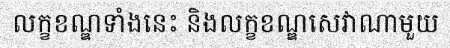
លក្ខខណ្ឌទាំងនេះ និងលក្ខខណ្ឌសេវាណាមួយ